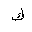
Letter: _kaf